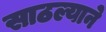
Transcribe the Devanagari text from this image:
साठल्याने